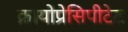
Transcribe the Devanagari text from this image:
क्रायोप्रेसिपीटेट